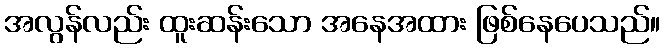
အလွန်လည်း ထူးဆန်းသော အနေအထား ဖြစ်နေပေသည်။